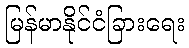
မြန်မာနိုင်ငံခြားရေး